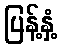
ပြန့်နှံ့